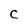
Character: C